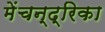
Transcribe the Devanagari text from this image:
मेंचन्द्रिका